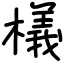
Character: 檥